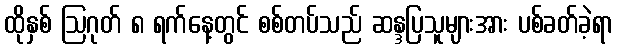
ထိုနှစ် ဩဂုတ် ၈ ရက်နေ့တွင် စစ်တပ်သည် ဆန္ဒပြသူများအား ပစ်ခတ်ခဲ့ရာ